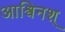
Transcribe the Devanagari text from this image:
आश्विनश्